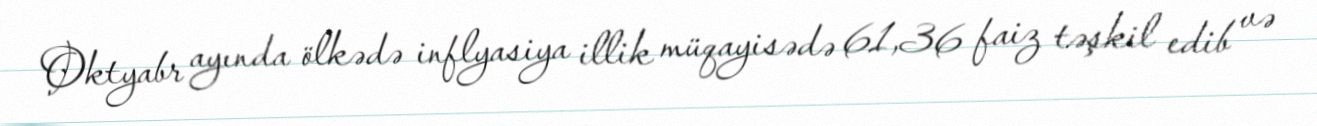
Oktyabr ayında ölkədə inflyasiya illik müqayisədə 61,36 faiz təşkil edib və